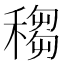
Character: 䅳